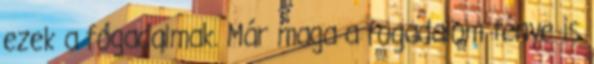
ezek a fogadalmak. Már maga a fogadalom ténye is